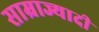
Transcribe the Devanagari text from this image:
साम्राज्यादी